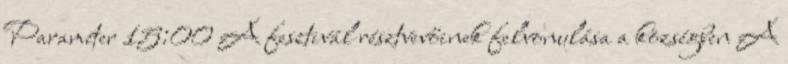
Paraméter 15:00 A fesztivál résztvevőinek felvonulása a községben A